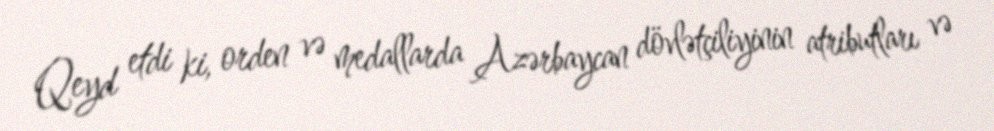
Qeyd etdi ki, orden və medallarda Azərbaycan dövlətçiliyinin atributları və